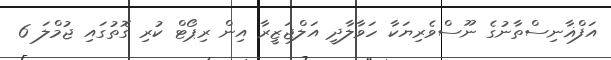
އަފްޣާނިސްތާނުގެ ނޫސްވެރިޔަކާ ހަވާލާދީ އަލްޖަޒީރާ އިން ރިޕޯޓް ކުރި ގޮތުގައި ޖުމްލަ 6